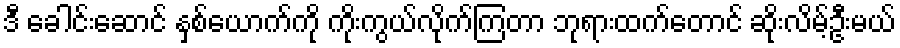
ဒီ ခေါင်းဆောင် နှစ်ယောက်ကို ကိုးကွယ်လိုက်ကြတာ ဘုရားထက်တောင် ဆိုးလိမ့်ဦးမယ်